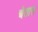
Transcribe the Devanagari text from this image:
चेतास